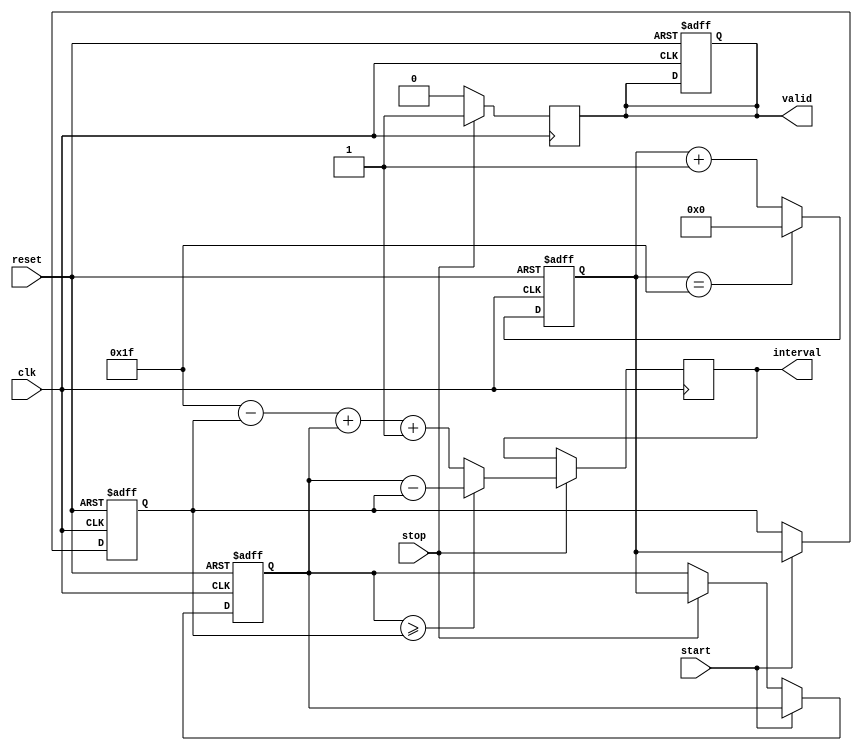
module TDC (
    input wire clk,            // 100 MHz clock
    input wire reset,          // Reset signal
    input wire start,          // START trigger
    input wire stop,           // STOP trigger
    output reg [31:0] interval, // Output time interval
    output reg valid           // Output valid flag
);

    // Parameters
    parameter ADDR_WIDTH = 5; // Address width for memory (32 locations)
    parameter MAX_COUNT = (1 << ADDR_WIDTH) - 1; // Maximum count value for overflow

    // Internal signals
    reg [31:0] timestamp_start; // Timestamp for START event
    reg [31:0] timestamp_stop;  // Timestamp for STOP event
    reg [31:0] counter;          // Counter for timestamps
    reg [ADDR_WIDTH-1:0] mem_addr; // Memory address
    reg mem_write_start;        // Memory write enable for start
    reg mem_write_stop;         // Memory write enable for stop
    reg [31:0] memory [0:1];    // Dual-port memory for START and STOP timestamps

    // Counter logic
    always @(posedge clk or posedge reset) begin
        if (reset) begin
            counter <= 32'b0;
        end else begin
            counter <= counter + 1;
            if (counter == MAX_COUNT) begin
                counter <= 32'b0; // Handle overflow
            end
        end
    end

    // Event capture logic
    always @(posedge clk or posedge reset) begin
        if (reset) begin
            timestamp_start <= 32'b0;
            timestamp_stop <= 32'b0;
            valid <= 1'b0;
        end else begin
            if (start) begin
                timestamp_start <= counter; // Capture START timestamp
                mem_write_start <= 1'b1; // Enable write for START
                mem_addr <= 0; // Address for START in memory
            end else if (stop) begin
                timestamp_stop <= counter; // Capture STOP timestamp
                mem_write_stop <= 1'b1; // Enable write for STOP
                mem_addr <= 1; // Address for STOP in memory
            end else begin
                mem_write_start <= 1'b0; // Disable write for START
                mem_write_stop <= 1'b0; // Disable write for STOP
            end
        end
    end

    // Memory write logic
    always @(posedge clk) begin
        if (mem_write_start) begin
            memory[mem_addr] <= timestamp_start; // Store START timestamp
        end
        if (mem_write_stop) begin
            memory[mem_addr] <= timestamp_stop; // Store STOP timestamp
        end
    end

    // Time measurement logic
    always @(posedge clk) begin
        if (stop) begin
            // Calculate the time interval
            if (timestamp_stop >= timestamp_start) begin
                interval <= timestamp_stop - timestamp_start; // Normal case
            end else begin
                interval <= (MAX_COUNT - timestamp_start) + timestamp_stop + 1; // Overflow case
            end
            valid <= 1'b1; // Indicate valid interval
        end else begin
            valid <= 1'b0; // Reset valid flag if not stopping
        end
    end

endmodule